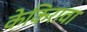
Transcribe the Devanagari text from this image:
केकिरावा